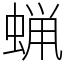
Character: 蝋